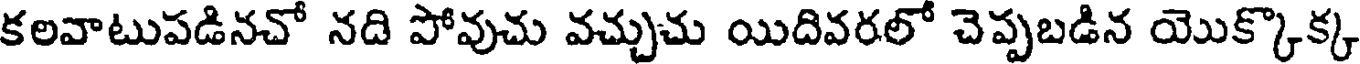
కలవాటుపడినచో నది పోవుచు వచ్చుచు యిదివరలో చెప్పబడిన యొక్కొక్క